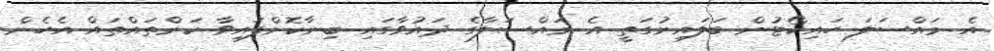
އެ މައްސަލަ ހައިކޯޓުން ބަލައިނުގަތީ އެ މައްސަލާގެ ދައުވާގައި ބިނާކޮށްފައިވާ ކަންތައްތައް އެހެން